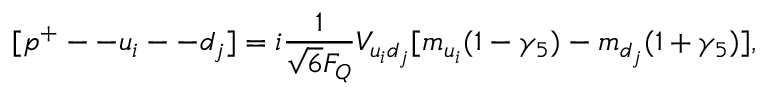
[ p ^ { + } -- u _ { i } -- d _ { j } ] = i \frac { 1 } { \sqrt { 6 } F _ { Q } } V _ { u _ { i } d _ { j } } [ m _ { u _ { i } } ( 1 - \gamma _ { 5 } ) - m _ { d _ { j } } ( 1 + \gamma _ { 5 } ) ] ,